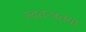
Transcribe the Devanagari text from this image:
स्वतन्त्रतया